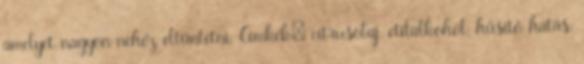
amelyet nagyon nehéz eltüntetni. Címkék: citrusolaj, etilalkohol, hűsítő hatás,